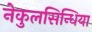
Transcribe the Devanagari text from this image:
नेकुलसिन्धिया